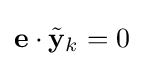
\mathbf {e} \cdot {\tilde {\mathbf {y} }}_{k}=0